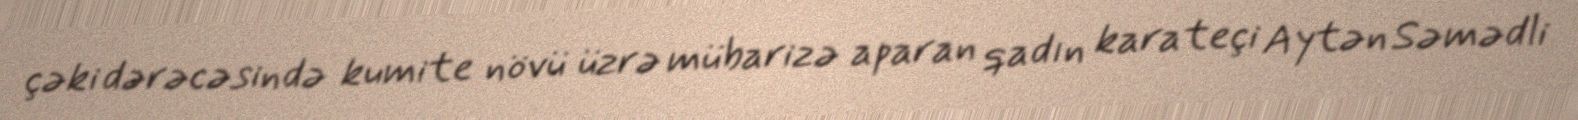
çəki dərəcəsində kumite növü üzrə mübarizə aparan qadın karateçi Aytən Səmədli